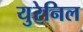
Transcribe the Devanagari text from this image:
युरेनिल